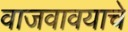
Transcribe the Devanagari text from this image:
वाजवावयाचे